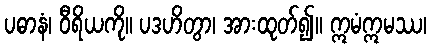
ပဓာနံ၊ ဝီရိယကို။ ပဒဟိတွာ၊ အားထုတ်၍။ ဣမံဣမဿ၊